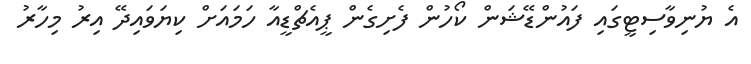
އެ ޔުނިވާސިޓީގައި ފައުންޑޭޝަން ކޯހުން ފެށިގެން ޕީއެޗްޑީއާ ހަމައަށް ކިޔަވައިދޭ އިރު މިހާރު